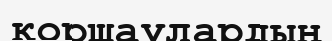
қоршаулардың